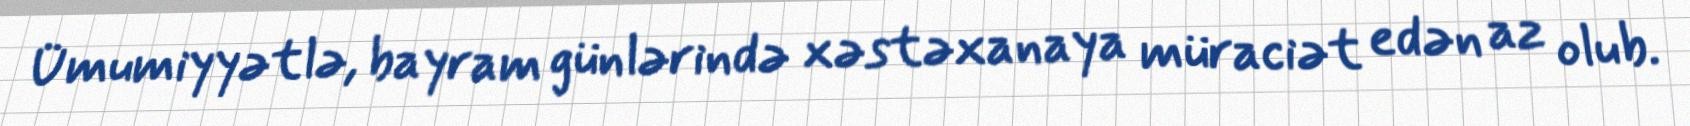
Ümumiyyətlə, bayram günlərində xəstəxanaya müraciət edən az olub.